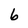
Character: 6